Annual report of the Punjab Veterinary College and of the Civil Veterinary Department, Punjab - 1894-1908
Year: 1894
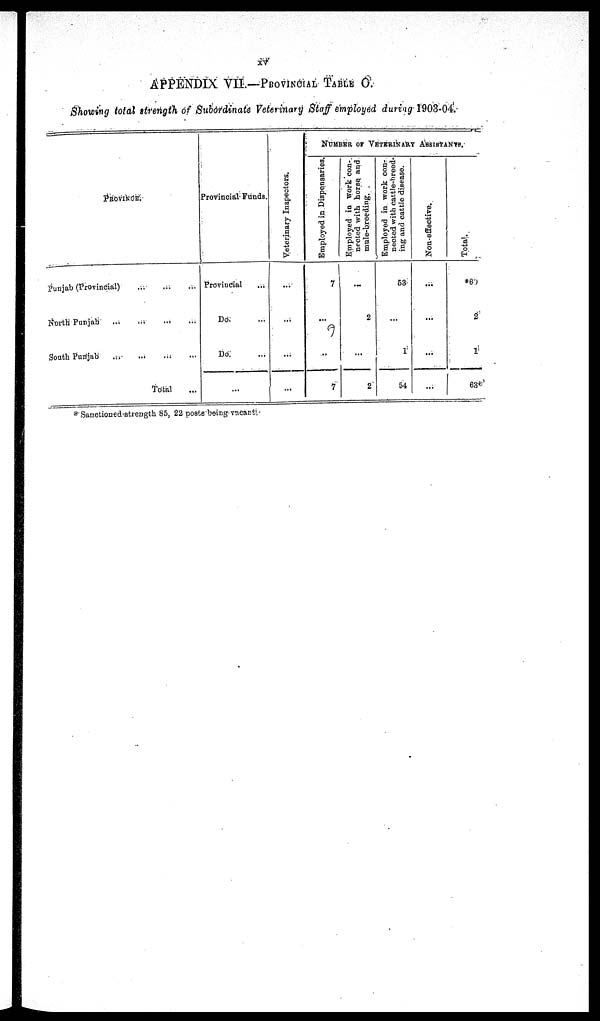
xv
APPENDIX VII.—PROVINCIAL TABLE O.
Showing total strength of Subordinate Veterinary Staff employed during 1903-04
PROVINCE.
Punjab (Provincial)
...
...
...
North Punjab ... ... ... ... ...
South Punjab ... ... ... ...
Total ...
Provincial Funds.
Provincial ...
Do ...
Do. ...
...
Veterinary I ns pect or s .
...
...
...
...
NUMBER OF VETERINARY ASSISTANTS.
Employed in Dispensaries.
7
...
...
7
Employed in work con-
nected with horse and
mule-breeding.
...
2
...
2
Employed in work con-
nected with cattle-breed-
ing and cattle disease.
53
...
1
54
Non-effective.
...
...
...
...
Total.
*60
2
1
63
*Sanctioned strength 85, 22 posts being vacant.